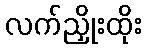
လက်ညှိုးထိုး